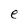
Character: e